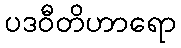
ပဒဝီတိဟာရော